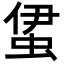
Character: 𧊰